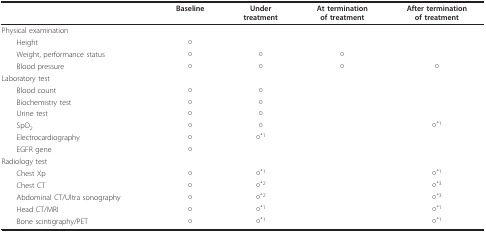
<table><thead><tr><td></td><td><b>Baseline</b></td><td><b>Undertreatment</b></td><td><b>At terminationof treatment</b></td><td><b>After terminationof treatment</b></td></tr></thead><tbody><tr><td>Physical examination</td><td></td><td></td><td></td><td></td></tr><tr><td> Height</td><td>○</td><td></td><td></td><td></td></tr><tr><td> Weight, performance status</td><td>○</td><td>○</td><td>○</td><td></td></tr><tr><td> Blood pressure</td><td>○</td><td>○</td><td>○</td><td>○</td></tr><tr><td>Laboratory test</td><td></td><td></td><td></td><td></td></tr><tr><td> Blood count</td><td>○</td><td>○</td><td></td><td></td></tr><tr><td> Biochemistry test</td><td>○</td><td>○</td><td></td><td></td></tr><tr><td> Urine test</td><td>○</td><td>○</td><td></td><td></td></tr><tr><td> SpO<sub>2</sub></td><td>○</td><td>○</td><td></td><td>○<sup>*1</sup></td></tr><tr><td> Electrocardiography</td><td>○</td><td>○<sup>*1</sup></td><td></td><td></td></tr><tr><td> EGFR gene</td><td>○</td><td></td><td></td><td></td></tr><tr><td>Radiology test</td><td></td><td></td><td></td><td></td></tr><tr><td> Chest Xp</td><td>○</td><td>○<sup>*1</sup></td><td></td><td>○<sup>*1</sup></td></tr><tr><td> Chest CT</td><td>○</td><td>○<sup>*2</sup></td><td></td><td>○<sup>*3</sup></td></tr><tr><td> Abdominal CT/Ultra sonography</td><td>○</td><td>○<sup>*2</sup></td><td></td><td>○<sup>*3</sup></td></tr><tr><td> Head CT/MRI</td><td>○</td><td>○<sup>*1</sup></td><td></td><td>○<sup>*1</sup></td></tr><tr><td> Bone scintigraphy/PET</td><td>○</td><td>○<sup>*1</sup></td><td></td><td>○<sup>*1</sup></td></tr></tbody></table>